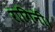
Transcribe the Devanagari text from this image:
रागिनी।